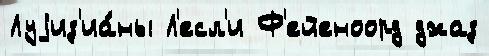
Луjиз'иа́ны Л'есл'и Ф'ейеноорд джаз